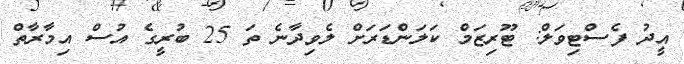
އީދު ފެސްޓިވަލް: ޓޫރިޒަމް ކަލަންޑަރަށް ލެވިދާނެ ތަ 25 ބުރީގެ އުސް އިމާރާތް